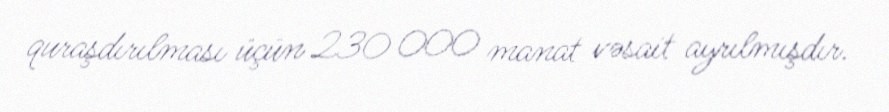
quraşdırılması üçün 230 000 manat vəsait ayrılmışdır.